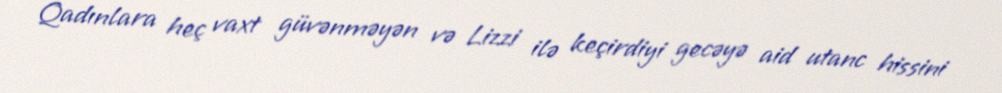
Qadınlara heç vaxt güvənməyən və Lizzi ilə keçirdiyi gecəyə aid utanc hissini